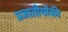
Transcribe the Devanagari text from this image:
प्रजातीयोंकी